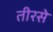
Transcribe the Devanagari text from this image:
तीरसे